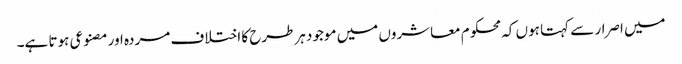
میں اصرار سے کہتا ہوں کہ محکوم معاشروں میں موجود ہرطرح کا اختلاف مردہ اور مصنوعی ہوتا ہے۔